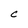
Character: C